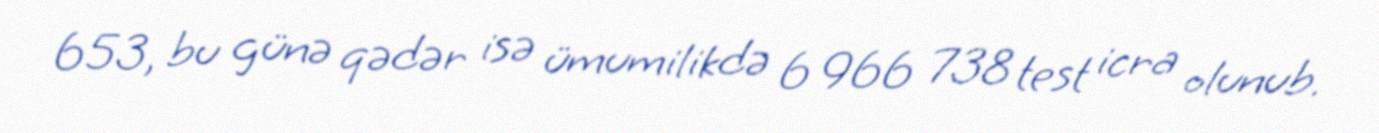
653, bu günə qədər isə ümumilikdə 6 966 738 test icra olunub.